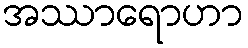
အဿာရောဟာ